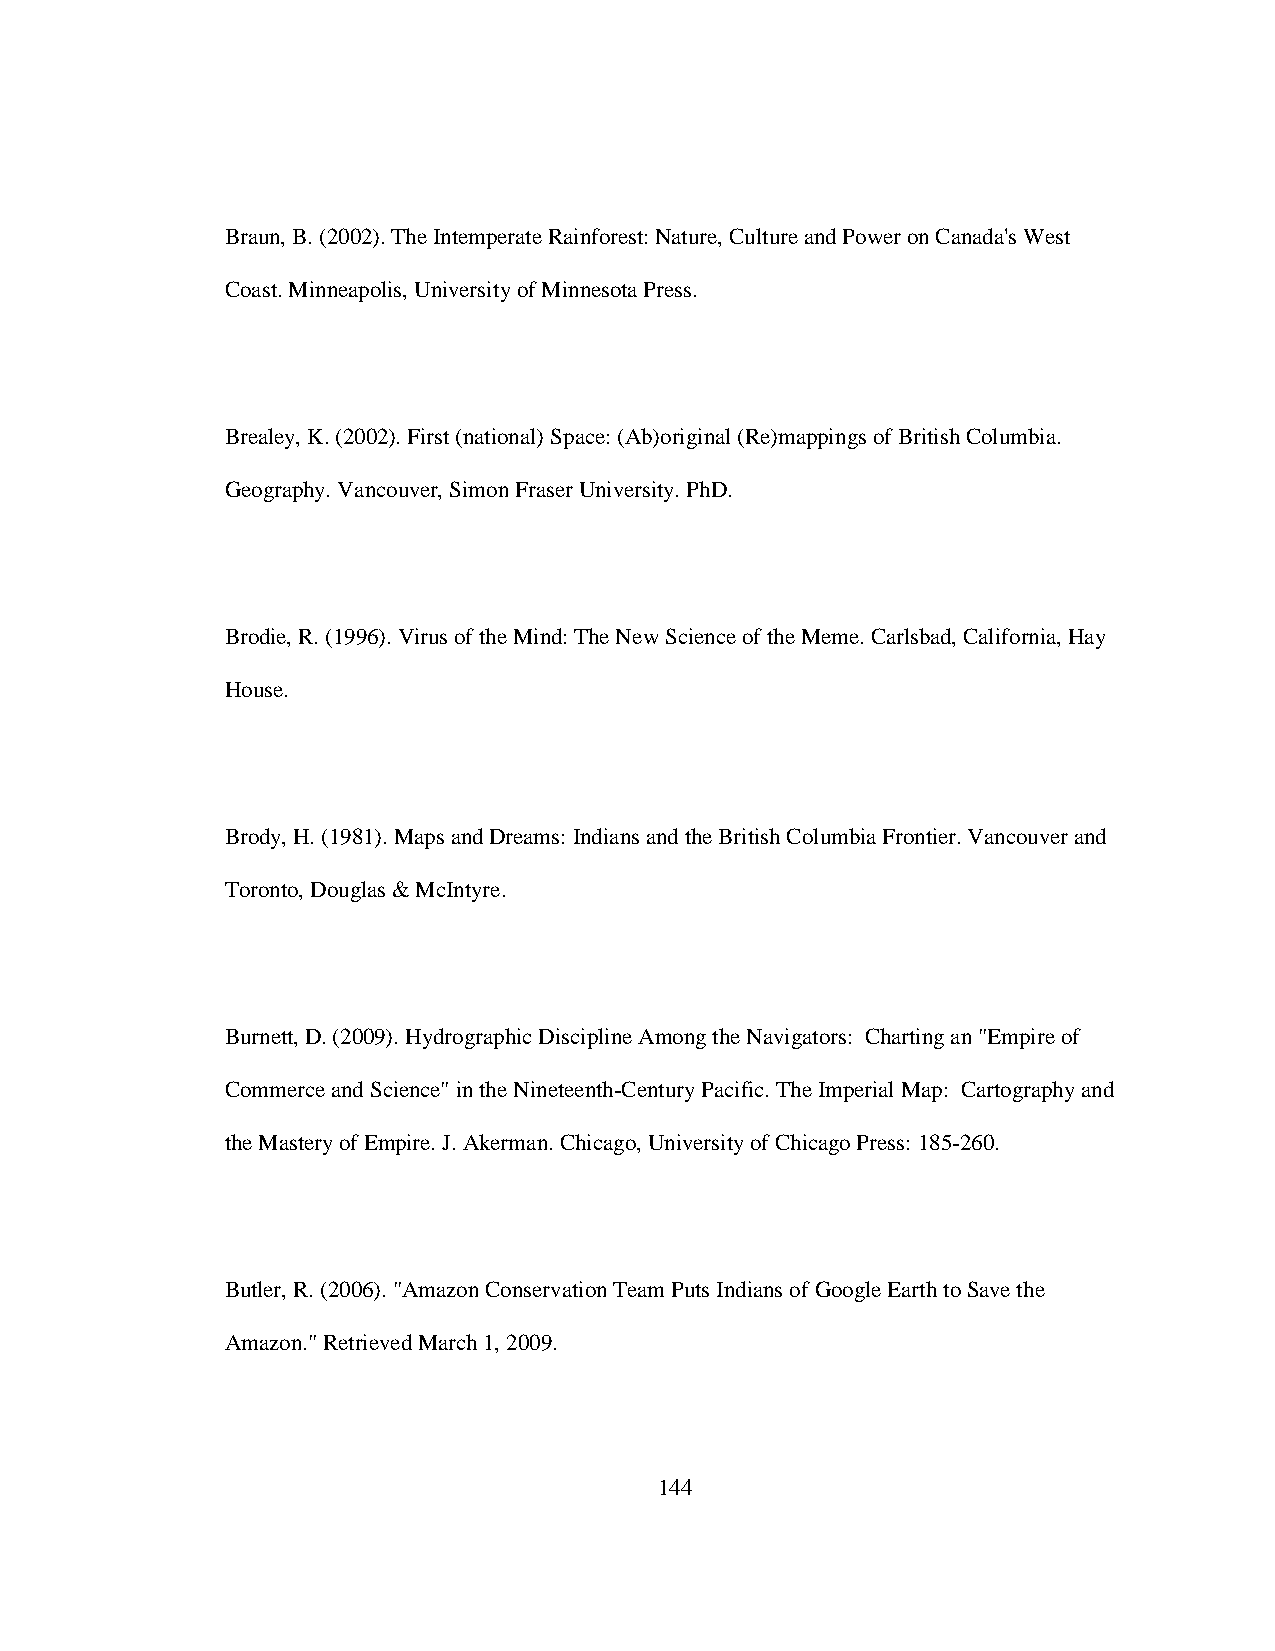
Braun, B. (2002). The Intemperate Rainforest: Nature, Culture and Power on Canada's West
 Coast. Minneapolis, University of Minnesota Press.
 Brealey, K. (2002). First (national) Space: (Ab)original (Re)mappings of British Columbia.
 Geography. Vancouver, Simon Fraser University. PhD.
 Brodie, R. (1996). Virus of the Mind: The New Science of the Meme. Carlsbad, California, Hay
 House.
 Brody, H. (1981). Maps and Dreams: Indians and the British Columbia Frontier. Vancouver and
 Toronto, Douglas & McIntyre.
 Burnett, D. (2009). Hydrographic Discipline Among the Navigators: Charting an "Empire of
 Commerce and Science" in the Nineteenth-Century Pacific. The Imperial Map: Cartography and
 the Mastery of Empire. J. Akerman. Chicago, University of Chicago Press: 185-260.
 Butler, R. (2006). "Amazon Conservation Team Puts Indians of Google Earth to Save the
 Amazon." Retrieved March 1, 2009.
 144